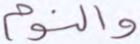
والنوم